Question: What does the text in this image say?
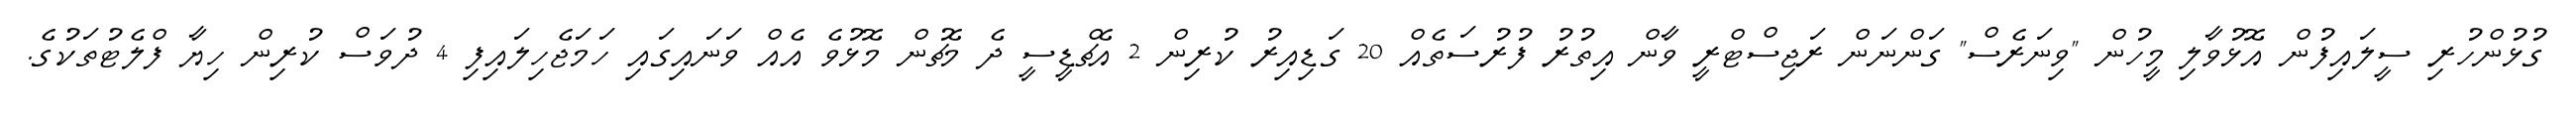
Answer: ގުޅުންހުރި ސީލައިފުން އޮޅުވާލި މީހުން "ވިނަރެސް" ގަންނަން ރަޖިސްޓްރީ ވާން އިތުރު ފުރުސަތެއް 20 ގަޑިއިރު ކުރިން 2 އެޗްޑީސީ ދެ މެޗުން މޮޅުވެ އެއް ވަނައިގައި ހަމަޖެހިލައިފި 4 ދުވަސް ކުރިން ހިޔާ ފްލެޓުތަކުގެ.